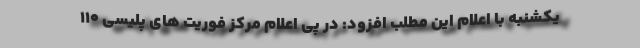
یکشنبه با اعلام این مطلب افزود: در پی اعلام مرکز فوریت های پلیسی ۱۱۰